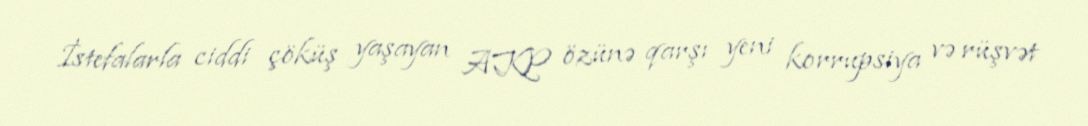
İstefalarla ciddi çöküş yaşayan AKP özünə qarşı yeni korrupsiya və rüşvət